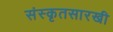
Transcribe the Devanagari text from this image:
संस्कृतसारखी